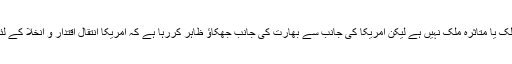
حالانکہ بھارت افغانستان کا پڑوسی ملک یا متاثرہ ملک نہیں ہے لیکن امریکا کی جانب سے بھارت کی جانب جھکاؤ ظاہر کررہا ہے کہ امریکا انتقال اقتدار و انخلا کے لئے تاخیری حربے استعمال کررہا ہے۔